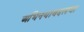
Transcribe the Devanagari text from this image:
अभिनयाबद्दलचा